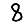
Digit: 8